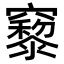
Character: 𥨹